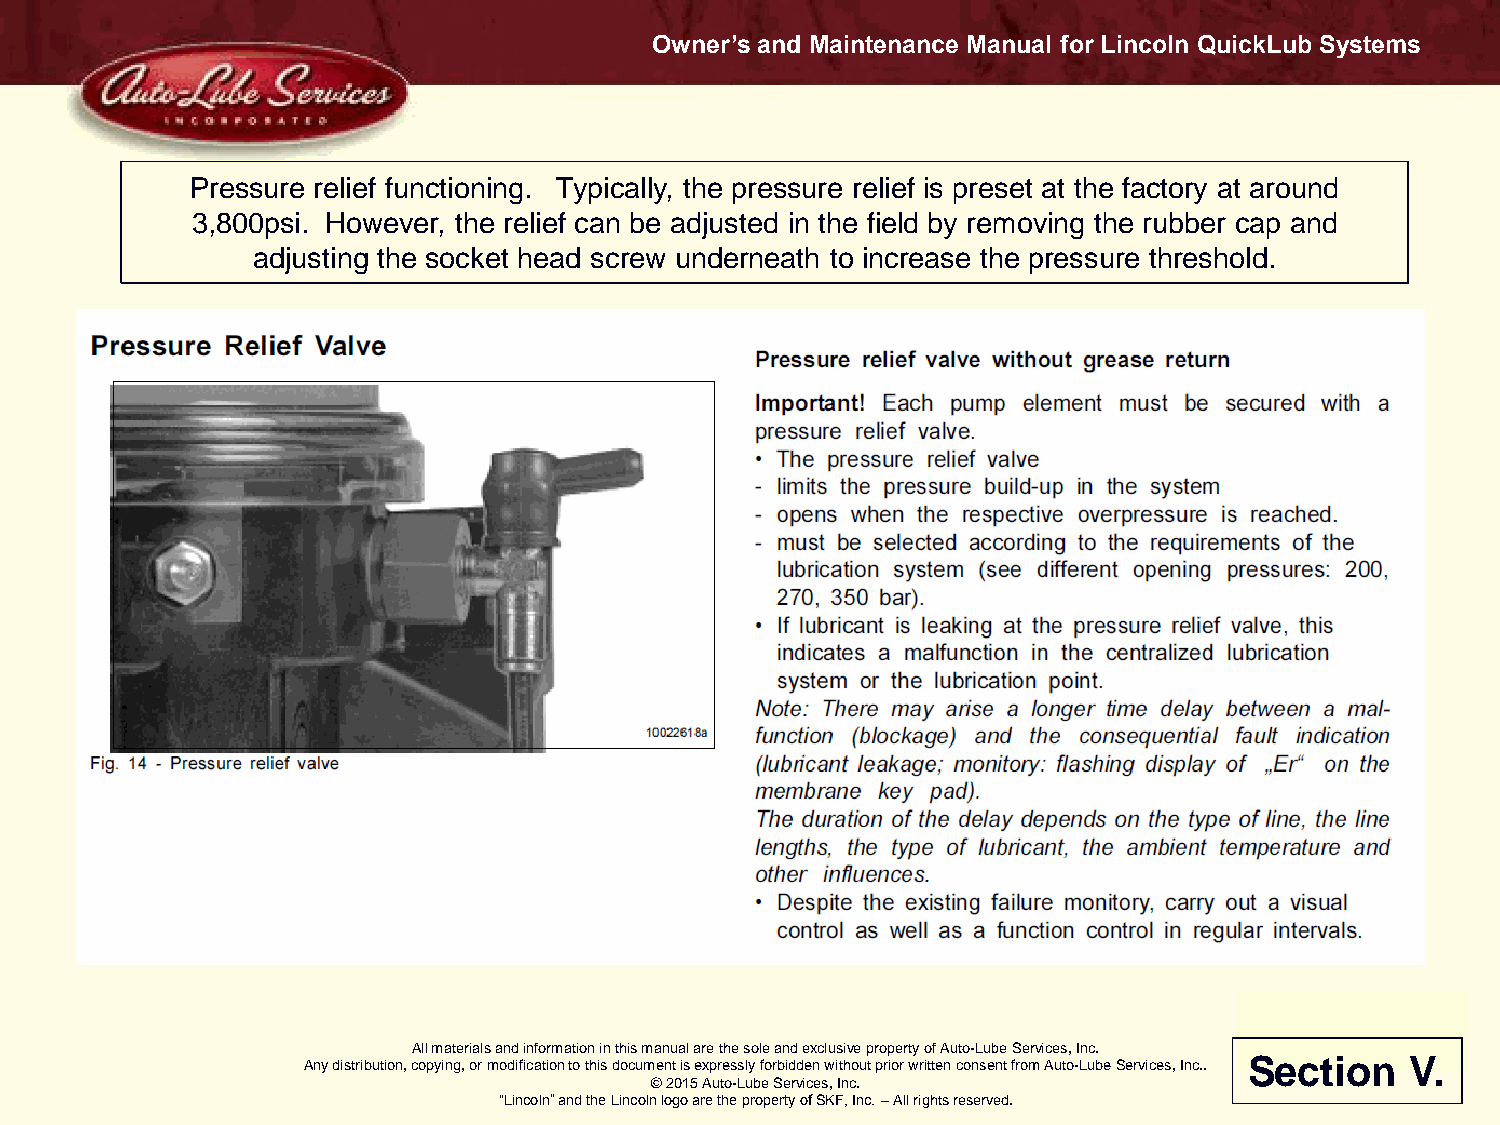
Owner’s and Maintenance Manual for Lincoln QuickLub Systems
 Pressure relief functioning. Typically, the pressure relief is preset at the factory at around
 3,800psi. However, the relief can be adjusted in the field by removing the rubber cap and
 adjusting the socket head screw underneath to increase the pressure threshold.
 All materials and information in this manual are the sole and exclusive property of Auto-Lube Services, Inc.
 Any distribution, copying, or modification to this document is expressly forbidden without prior written consent from Auto-Lube Services, Inc.. Section V.
 © 2015 Auto-Lube Services, Inc.
 “Lincoln” and the Lincoln logo are the property of SKF, Inc. – All rights reserved.